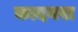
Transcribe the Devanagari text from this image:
कादयरा